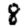
Digit: 8